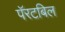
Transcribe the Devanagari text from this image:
पॅरटबिल